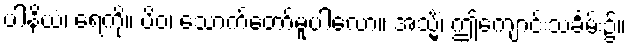
ပါနိယံ၊ ရေကို။ ပိဝ၊ သောက်တော်မူပါလော။ အသ္မိံ၊ ဤကျောင်းသင်္ခမ်း၌။